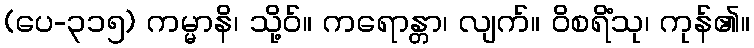
(ပေ-၃၁၅) ကမ္မာနိ၊ သို့ဝ်။ ကရောန္တာ၊ လျက်။ ဝိစရိံသု၊ ကုန်၏။